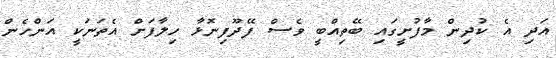
އަދި އެ ކުދިން މާފުށީގައި ބޭތިއްބީ ވެސް ފޭދޫފިނޮޅާ ހިލާފަށް އެތަނަކީ އަންހެން